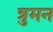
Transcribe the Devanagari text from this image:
त्रुमन